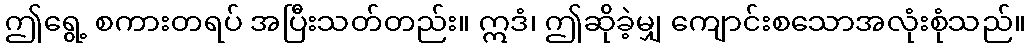
ဤရွေ့ စကားတရပ် အပြီးသတ်တည်း။ ဣဒံ၊ ဤဆိုခဲ့မျှ ကျောင်းစသောအလုံးစုံသည်။